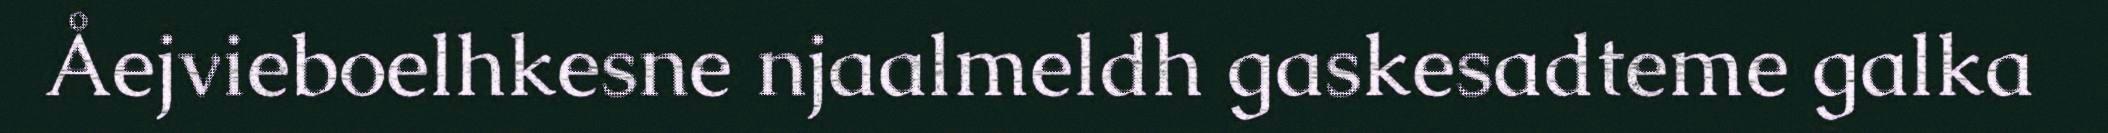
Åejvieboelhkesne njaalmeldh gaskesadteme galka